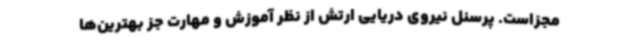
مجزاست. پرسنل نیروی دریایی ارتش از نظر آموزش و مهارت جز بهترین‌ها